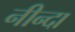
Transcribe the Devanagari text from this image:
नीन्दा